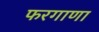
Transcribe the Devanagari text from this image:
फरगाणा